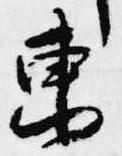
東